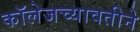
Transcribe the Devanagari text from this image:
कॉलेजच्यावतीने